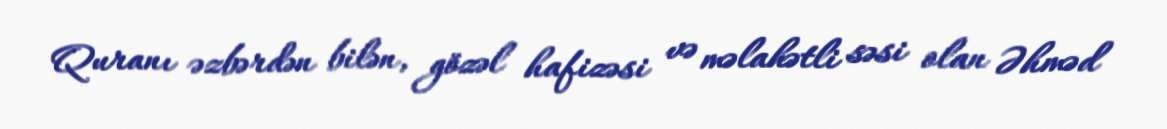
Quranı əzbərdən bilən, gözəl hafizəsi və məlahətli səsi olan Əhməd